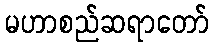
မဟာစည်ဆရာတော်